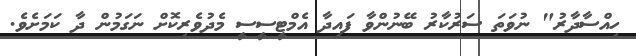
ހިއްސާދާރު" ނުވަތަ ސަރުކާރު ބޭނުންވާ ފައިދާ އެމްޓީސީސީ މެދުވެރިކޮށް ނަގަމުން ދާ ކަމަށެވެ.